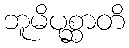
ဘူမိပုစ္ဆာတိ